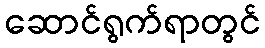
ဆောင်ရွက်ရာတွင်